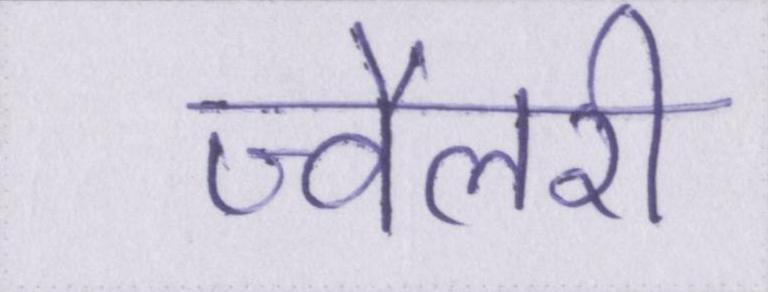
ज्वैलरी